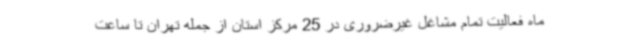
ماه فعالیت تمام مشاغل غیرضروری در 25 مرکز استان از جمله تهران تا ساعت